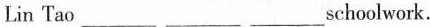
Lin Tao ___ ___ ___schoolwork.